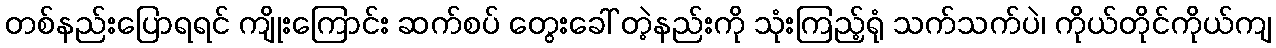
တစ်နည်းပြောရရင် ကျိုးကြောင်း ဆက်စပ် တွေးခေါ် တဲ့နည်းကို သုံးကြည့်ရုံ သက်သက်ပဲ၊ ကိုယ်တိုင်ကိုယ်ကျ